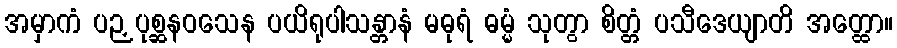
အမှာကံ ပဉှပုစ္ဆနဝသေန ပယိရုပါသန္တာနံ မဓုရံ ဓမ္မံ သုတွာ စိတ္တံ ပသီဒေယျာတိ အတ္ထော။